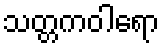
သတ္တကဝါရော